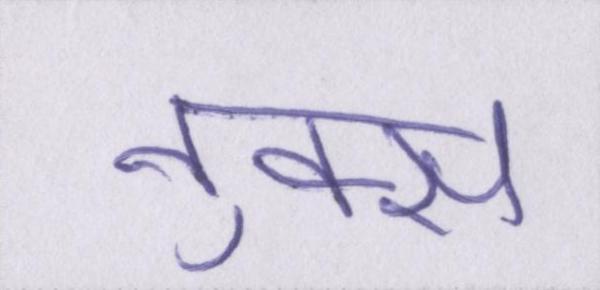
नुक्स